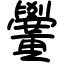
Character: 黌